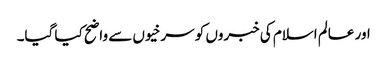
اور عالم اسلام کی خبروں کو سرخیوں سے واضح کیا گیا۔